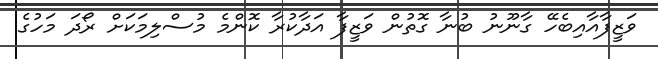
ވަޒީފާއާއިބެހޭ ގާނޫނު ބުނާ ގޮތުން ވަޒީފާ އަދާކުރާ ކޮންމެ މުސްލިމަކަށް ރޯދަ މަހުގެ